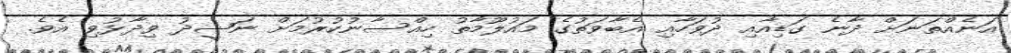
އަނެއްތަނަށް ދާނެ ގަޑިއާއި ދުވަހާއި އެބާވަތުގެ މައުލޫމާތު ހިއްސާނުކުރުމަށް ނަޝީދު ވިދާޅުވި އެވެ.